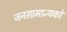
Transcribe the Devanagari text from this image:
जनसामान्‍यको